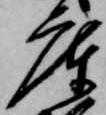
庫